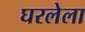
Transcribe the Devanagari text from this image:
घरलेला